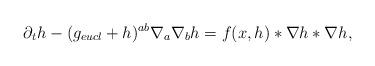
LaTeX: \begin{align*}\partial_t h - (g_{eucl} + h)^{ab}\nabla_a \nabla_b h = f(x,h) \ast \nabla h \ast \nabla h,\end{align*}